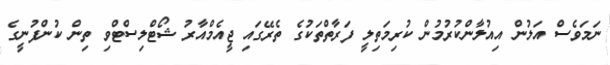
ނަމަވެސް އަލުން އިއުލާންކުރުމުން ކުރިމަތިލީ ފަރާތްތަކުގެ ތެރޭގައި ޖީއެމްއާރު ޝޯޓްލިސްޓްވި ތިން ކުންފުނީގެ